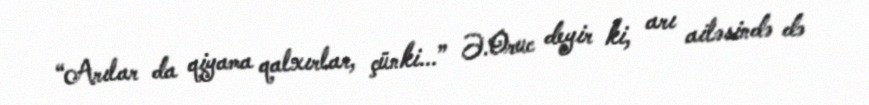
“Arılar da qiyama qalxırlar, çünki...” Ə.Oruc deyir ki, arı ailəsində də